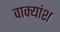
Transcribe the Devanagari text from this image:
वाक्‍यांश